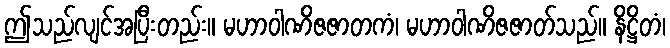
ဤသည်လျင်အပြီးတည်း။ မဟာဝါဏိဇဇာတကံ၊ မဟာဝါဏိဇဇာတ်သည်။ နိဋ္ဌိတံ၊